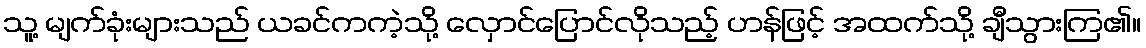
သူ့ မျက်ခုံးများသည် ယခင်ကကဲ့သို့ လှောင်ပြောင်လိုသည့် ဟန်ဖြင့် အထက်သို့ ချီသွားကြ၏။